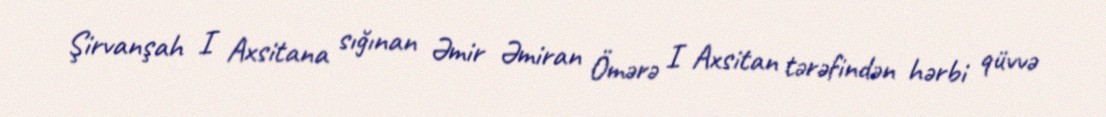
Şirvanşah I Axsitana sığınan Əmir Əmiran Ömərə I Axsitan tərəfindən hərbi qüvvə